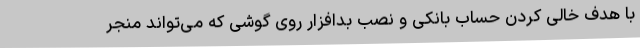
با هدف خالی کردن حساب بانکی و نصب بدافزار روی گوشی که می‌تواند منجر